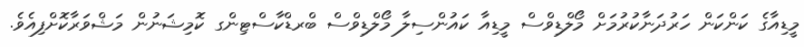
މީޑިއާގެ ކަންކަން ހަރުދަނާކުރުމަށް މޯލްޑިވްސް މީޑިއާ ކައުންސިލާ މޯލްޑިވްސް ބްރޑްކާސްޓިންގ ކޮމިޝަނުން މަޝްވަރާކޮށްފިއެވެ.